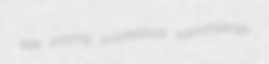
wife placing smokestack carbohydrate